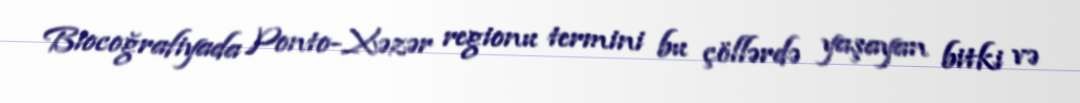
Biocoğrafiyada Ponto-Xəzər regionu termini bu çöllərdə yaşayan bitki və